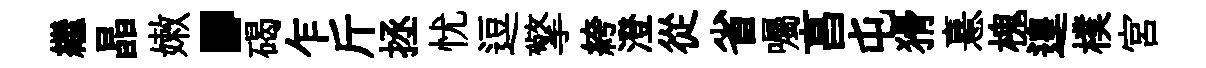
繼晶嫩·碣乍斤拯忧逗擎絝澄從省囑亯屯猾憙槐遑樸宮